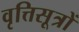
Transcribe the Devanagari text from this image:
वृत्तिसूत्रों